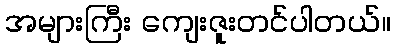
အများကြီး ကျေးဇူးတင်ပါတယ်။